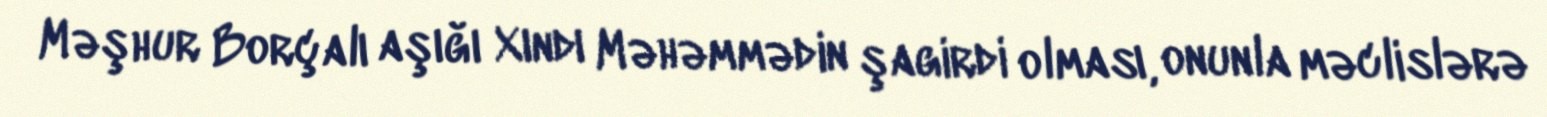
Məşhur Borçalı aşığı Xındı Məhəmmədin şagirdi olması, onunla məclislərə